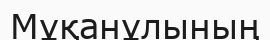
Мұқанұлының